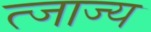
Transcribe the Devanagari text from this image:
त्जाज्य